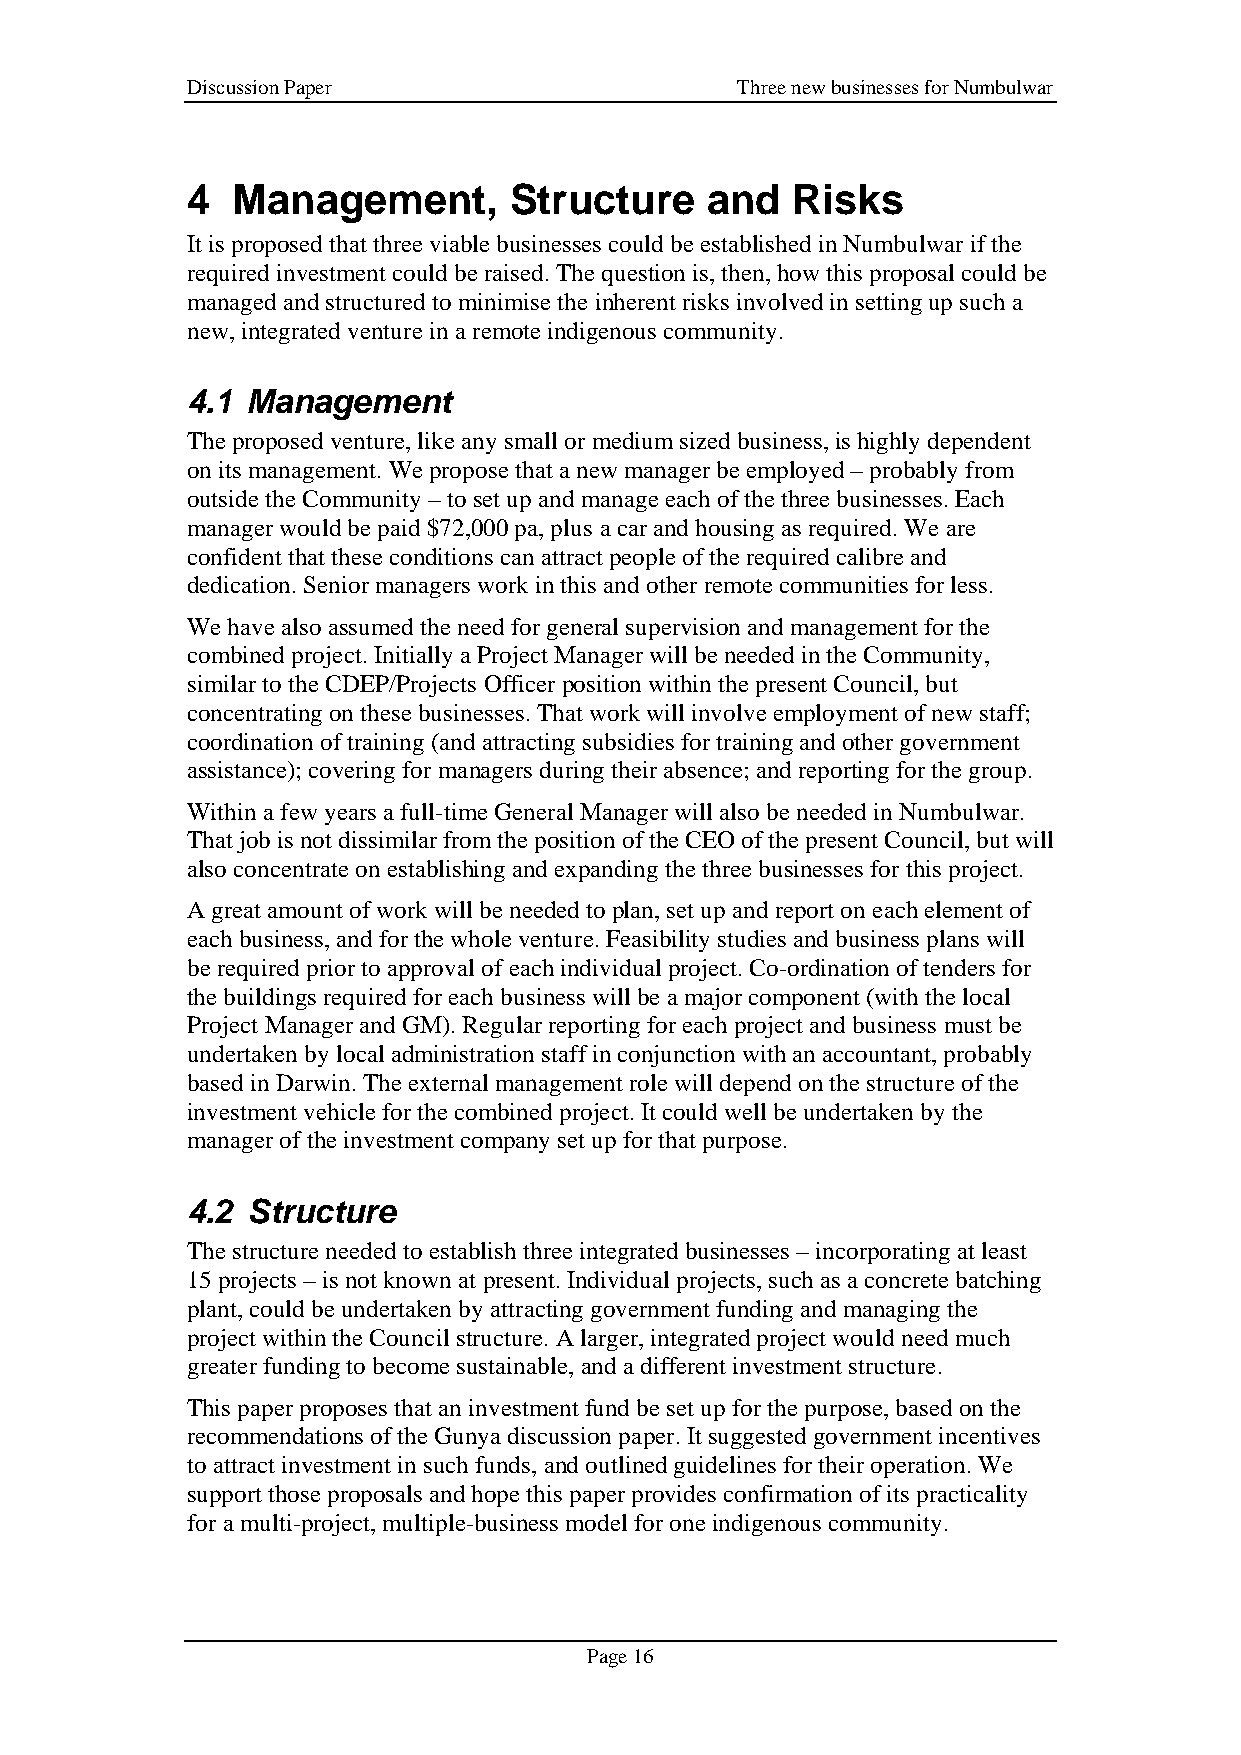
Discussion Paper                     Three new businesses for Numbulwar
 4  Management,        Structure    and  Risks
 It is proposed that three viable businesses could be established in Numbulwar if the
 required investment could be raised. The question is, then, how this proposal could be
 managed and structured to minimise the inherent risks involved in setting up such a
 new, integrated venture in a remote indigenous community.
 4.1 Management
 The proposed venture, like any small or medium sized business, is highly dependent
 on its management. We propose that a new manager be employed – probably from
 outside the Community – to set up and manage each of the three businesses. Each
 manager would be paid $72,000 pa, plus a car and housing as required. We are
 confident that these conditions can attract people of the required calibre and
 dedication. Senior managers work in this and other remote communities for less.
 We have also assumed the need for general supervision and management for the
 combined project. Initially a Project Manager will be needed in the Community,
 similar to the CDEP/Projects Officer position within the present Council, but
 concentrating on these businesses. That work will involve employment of new staff;
 coordination of training (and attracting subsidies for training and other government
 assistance); covering for managers during their absence; and reporting for the group.
 Within a few years a full-time General Manager will also be needed in Numbulwar.
 That job is not dissimilar from the position of the CEO of the present Council, but will
 also concentrate on establishing and expanding the three businesses for this project.
 A great amount of work will be needed to plan, set up and report on each element of
 each business, and for the whole venture. Feasibility studies and business plans will
 be required prior to approval of each individual project. Co-ordination of tenders for
 the buildings required for each business will be a major component (with the local
 Project Manager and GM). Regular reporting for each project and business must be
 undertaken by local administration staff in conjunction with an accountant, probably
 based in Darwin. The external management role will depend on the structure of the
 investment vehicle for the combined project. It could well be undertaken by the
 manager of the investment company set up for that purpose.
 4.2 Structure
 The structure needed to establish three integrated businesses – incorporating at least
 15 projects – is not known at present. Individual projects, such as a concrete batching
 plant, could be undertaken by attracting government funding and managing the
 project within the Council structure. A larger, integrated project would need much
 greater funding to become sustainable, and a different investment structure.
 This paper proposes that an investment fund be set up for the purpose, based on the
 recommendations of the Gunya discussion paper. It suggested government incentives
 to attract investment in such funds, and outlined guidelines for their operation. We
 support those proposals and hope this paper provides confirmation of its practicality
 for a multi-project, multiple-business model for one indigenous community.
 Page 16